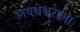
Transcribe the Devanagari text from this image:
लवथेश्वराला